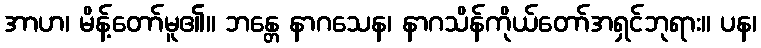
အာဟ၊ မိန့်တော်မူ၏။ ဘန္တေ နာဂသေန၊ နာဂသိန်ကိုယ်တော်အရှင်ဘုရား။ ပန၊